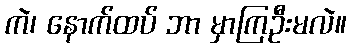
ကဲ၊ နောက်ထပ် ဘာ မှာကြဦးမလဲ။